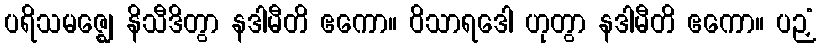
ပရိသမဇ္ဈေ နိသီဒိတွာ နဒါမီတိ ဧကော။ ဝိသာရဒေါ ဟုတွာ နဒါမီတိ ဧကော။ ပဉှံ